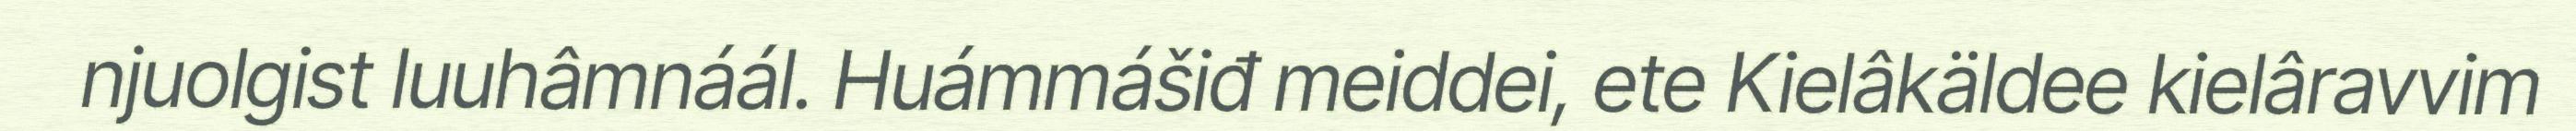
njuolgist luuhâmnáál. Huámmášiđ meiddei, ete Kielâkäldee kielâravvim